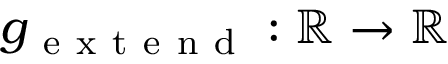
g _ { \mathrm { ~ e ~ x ~ t ~ e ~ n ~ d ~ } } : \mathbb { R } \to \mathbb { R }